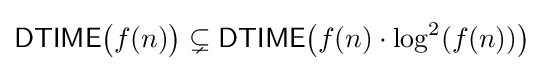
{\mathsf {DTIME}}{\big (}f(n){\big )}\subsetneq {\mathsf {DTIME}}{\big (}f(n)\cdot \log ^{2}(f(n)){\big )}